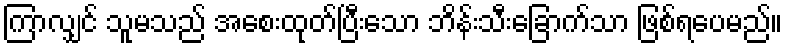
ကြာလျှင် သူမသည် အစေးထုတ်ပြီးသော ဘိန်းသီးခြောက်သာ ဖြစ်ရပေမည်။